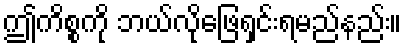
ဤကိစ္စကို ဘယ်လိုဖြေရှင်းရမည်နည်း။